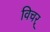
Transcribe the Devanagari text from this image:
विचर्